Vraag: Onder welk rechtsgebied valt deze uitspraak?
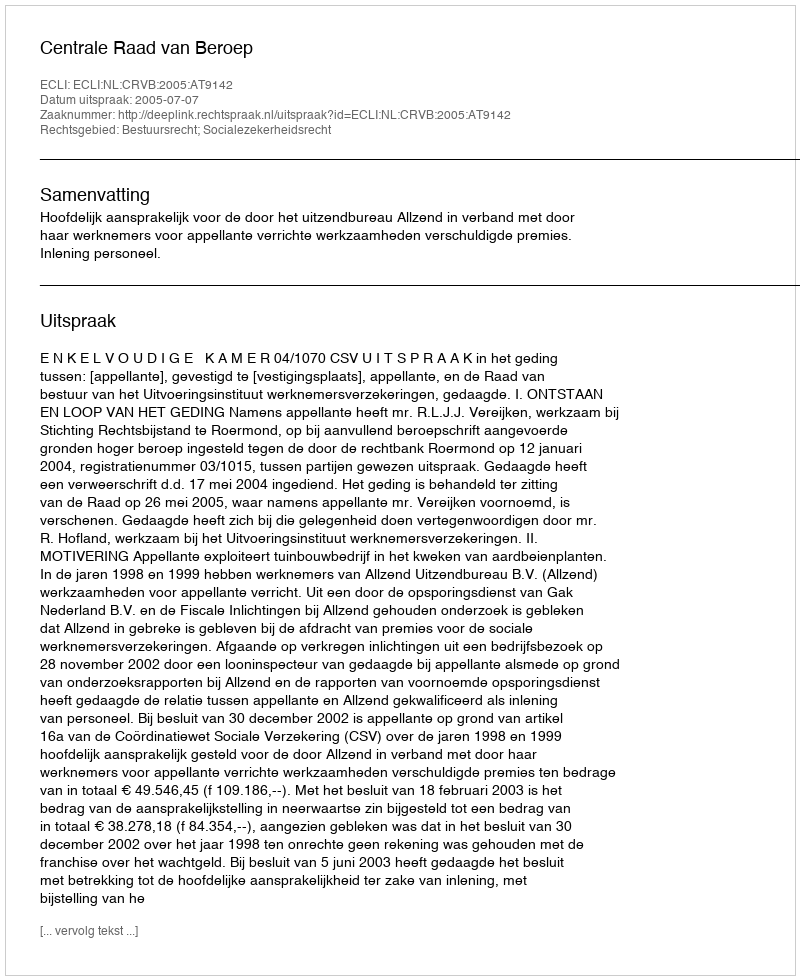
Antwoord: Bestuursrecht; Socialezekerheidsrecht